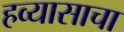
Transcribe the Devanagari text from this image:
हव्यासाचा